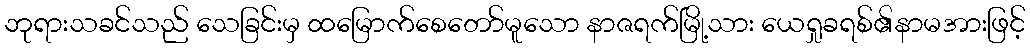
ဘုရားသခင်သည် သေခြင်းမှ ထမြောက်စေတော်မူသော နာဇရက်မြို့သား ယေရှုခရစ်၏နာမအားဖြင့်